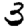
Digit: 3